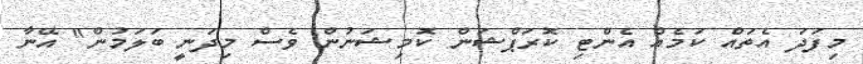
މިފަދަ އެތައް ކަމެއް އެންޓި ކޮރަޕްޝަން ކޮމިޝަނުން ވެސް މިދަނީ ބަލަމުން" އޭނާ